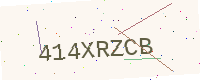
Text: 414XRZCB